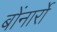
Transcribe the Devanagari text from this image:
बोंनार्रो